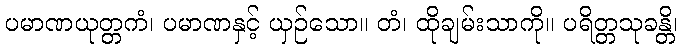
ပမာဏယုတ္တကံ၊ ပမာဏနှင့် ယှဉ်သော။ တံ၊ ထိုချမ်းသာကို။ ပရိတ္တသုခန္တိ၊